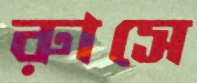
রাুসে